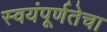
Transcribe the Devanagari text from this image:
स्वयंपूर्णतेचा